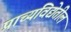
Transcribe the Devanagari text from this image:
प्राच्यविद्येतील